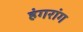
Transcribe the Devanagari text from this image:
हंगरांग